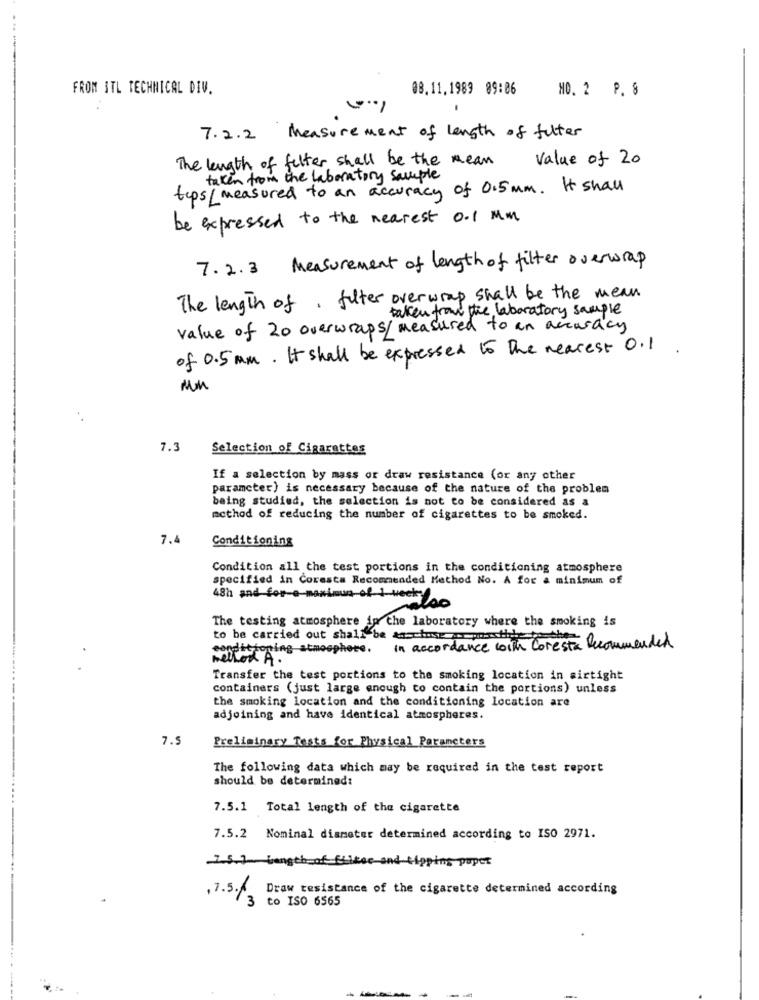
FROM ITL TECHNICAL DIV.
08.11.1989 89:06
NO. 2 P. 8
7.2.2 Measurement of length of filter
The length of felter shall be the mean value of 20
taken from the laboratory sample
tips/ measured to an accuracy of 0.5mm. It shall
be expressed to the nearest 0.1 MM
7.2.3 Measurement of length of filter overwrap
The length of , futer overwrap shall be the mean
taken from the laboratory sample
value of 20 overwraps / measured to an accuracy
of 0.5 mm. It shall be expressed to the nearest 0.1.
7.3
Selection of Cigarettes
If a selection by mass or draw resistance (or any other
parameter) is necessary because of the nature of the problem
being studied, the selection is not to be considered as a
method of reducing the number of cigarettes to be smoked.
7.
Conditioning
Condition all the test portions in the conditioning atmosphere
specified in Coresta Recommended Method No. A for a minimum of
48h and for-a-maximum of 1 week 00
The testing atmosphere in the laboratory where the smoking is
to be carried out shall be an-chose apos the
conditioning atmosphere.
In accordance with Coresta Recommended
method A.
Transfer the test portions to the smoking location in sirtight
containers (just large enough to contain the portions) unless
the smoking location and the conditioning location are
adjoining and have identical atmospheres.
7.5
Preliminary Tests for Physical Parancters
The following data which may be required in the test report
should be determined:
7.5.1 Total length of the cigarette
7.5.2 Nominal diameter determined according to ISO 2971.
15.1 jungth
ping paper
,7.51
Draw resistance of the cigarette determined according
3 to ISO 6565